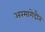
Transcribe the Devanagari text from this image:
अरमागेदौन